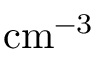
\mathrm { c m } ^ { - 3 }